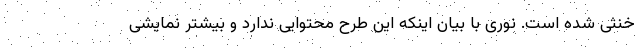
خنثی شده است. نوری با بیان اینکه این طرح محتوایی ندارد و بیشتر نمایشی